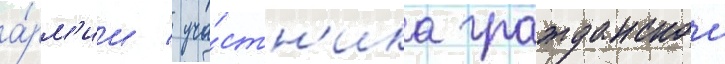
а́рм'ии / уча́стн'ика гражданскои